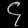
Digit: ၄